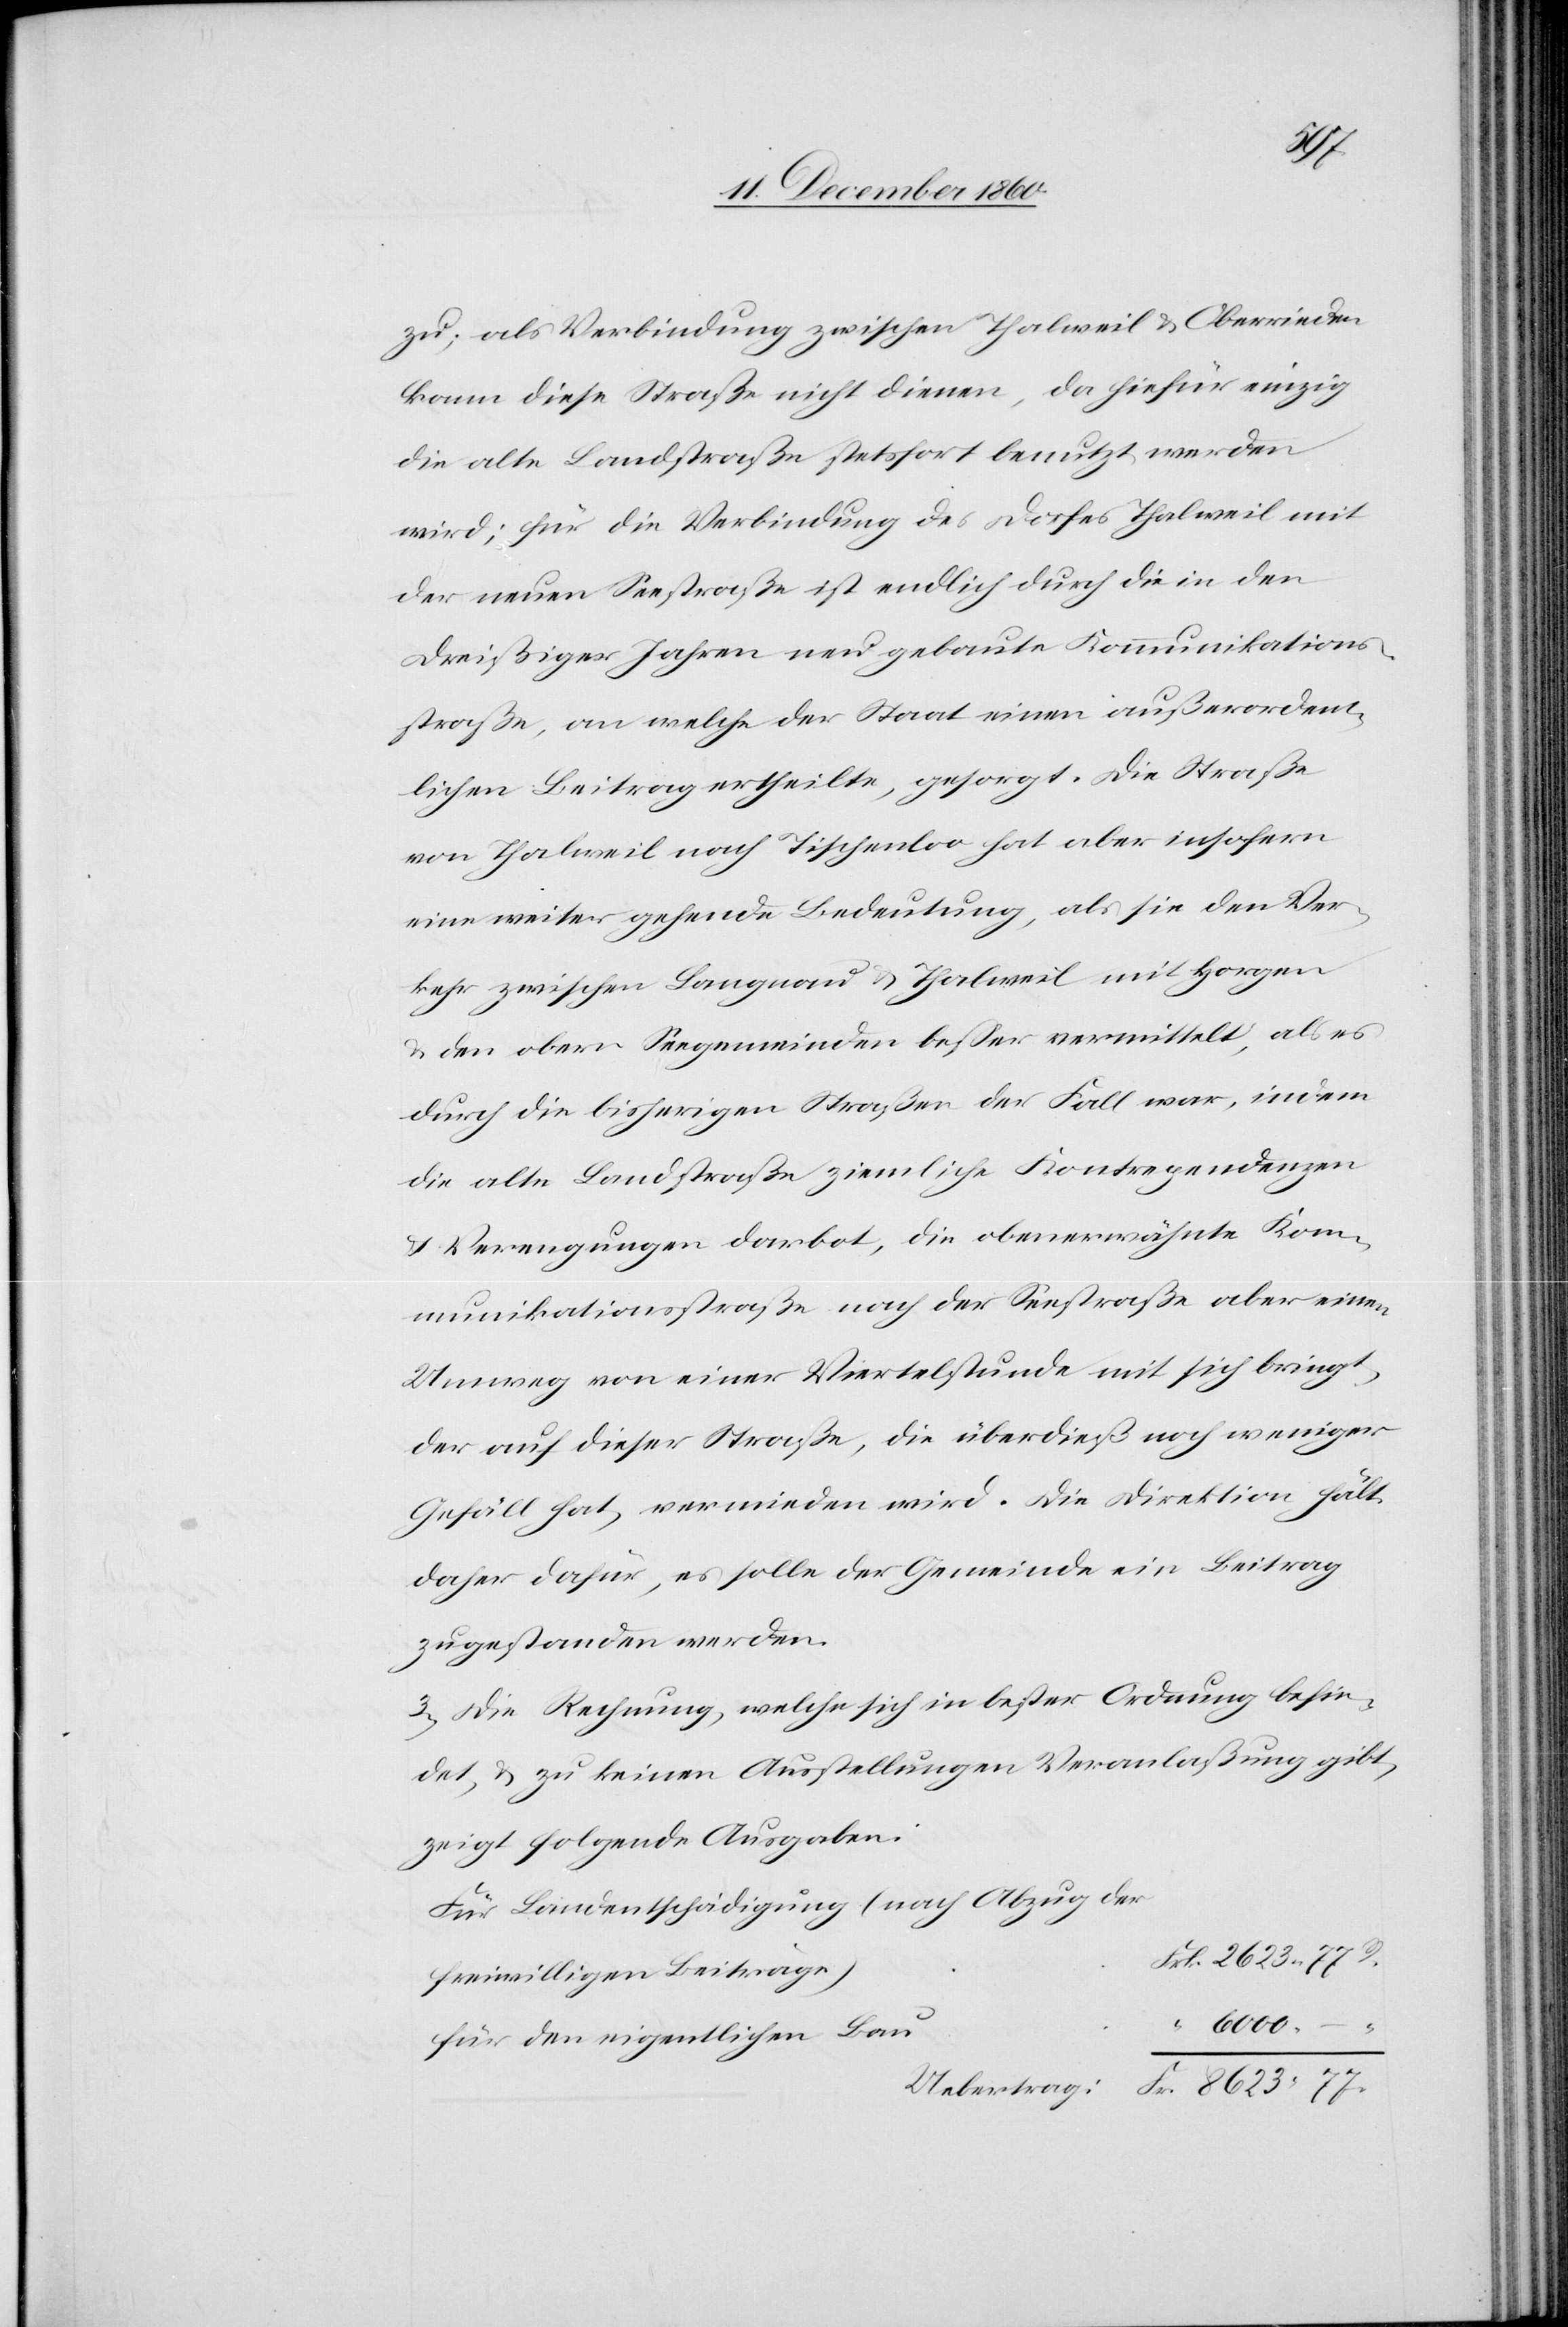
zu; als Verbindung zwischen Thalweil u. Oberrieden
kann diese Straße nicht dienen, da hiefür einzig
die alte Landstraße stetsfort benutzt werden
wird; für die Verbindung des Dorfes Thalweil mit
der neuen Seestraße ist endlich durch die in den
Dreißiger Jahren neu erbauten Kommunikations¬
straße, an welche der Staat einen außerordent¬
lichen Beitrag ertheilte, gesorgt. Die Straße
von Thalweil nach Tischenloo hat aber insofern
eine weiter gehende Bedeutung, als sie den Ver¬
kehr zwischen Langnau u. Thalweil mit Horgen
Fr.
u. den obern Seegemeinden besser vermittelt, als es
durch die bisherigen Straßen der Fall wäre, indem
die alte Landstraße ziemliche Kontrependenzen
u. Verengungen darbot, die obenerwähnte Kom¬
munikationsstraße nach der Seestraße aber einen
Umweg von einer Viertelstunde mit sich bringt,
der auf dieser Straße, die überdieß noch weniger
Gefäll hat, vermieden wird. Die Direktion hält
daher dafür, es solle der Gemeinde ein Betrag
zugestanden werden.
3. Die Rechnung, welche sich in bester Ordnung befin¬
det, u. zu keinen Ausstellungen Veranlaßung gibt,
zeigt folgende Ausgaben:
Für Landentschädigung (nach Abzug der
freiwilligen Beiträge)
für den eigentlichen Bau